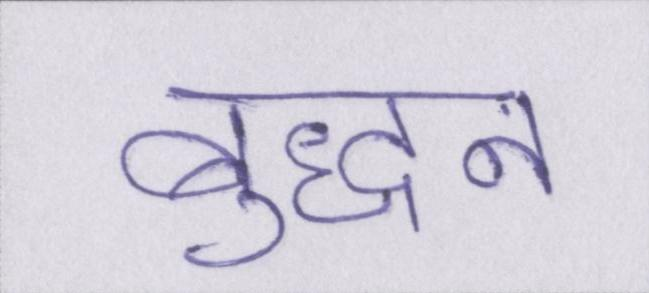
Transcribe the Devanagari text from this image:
बुद्धन